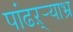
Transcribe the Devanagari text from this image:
पांढऱ्र्‍याभ्र